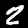
Label: 2